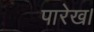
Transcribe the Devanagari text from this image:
पारेख।